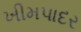
ખીમપાદર